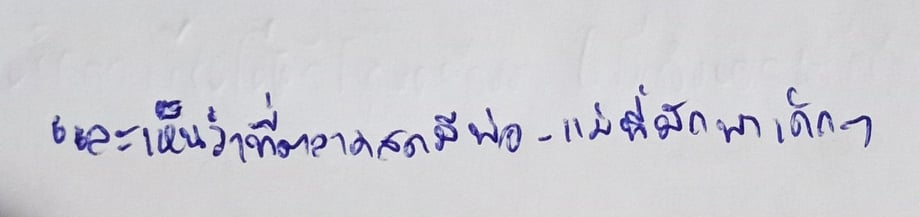
และเห็นว่าที่ตลาดสดมีพ่อ-แม่ที่มักพาเด็กๆ